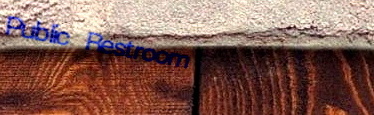
Public Restroom